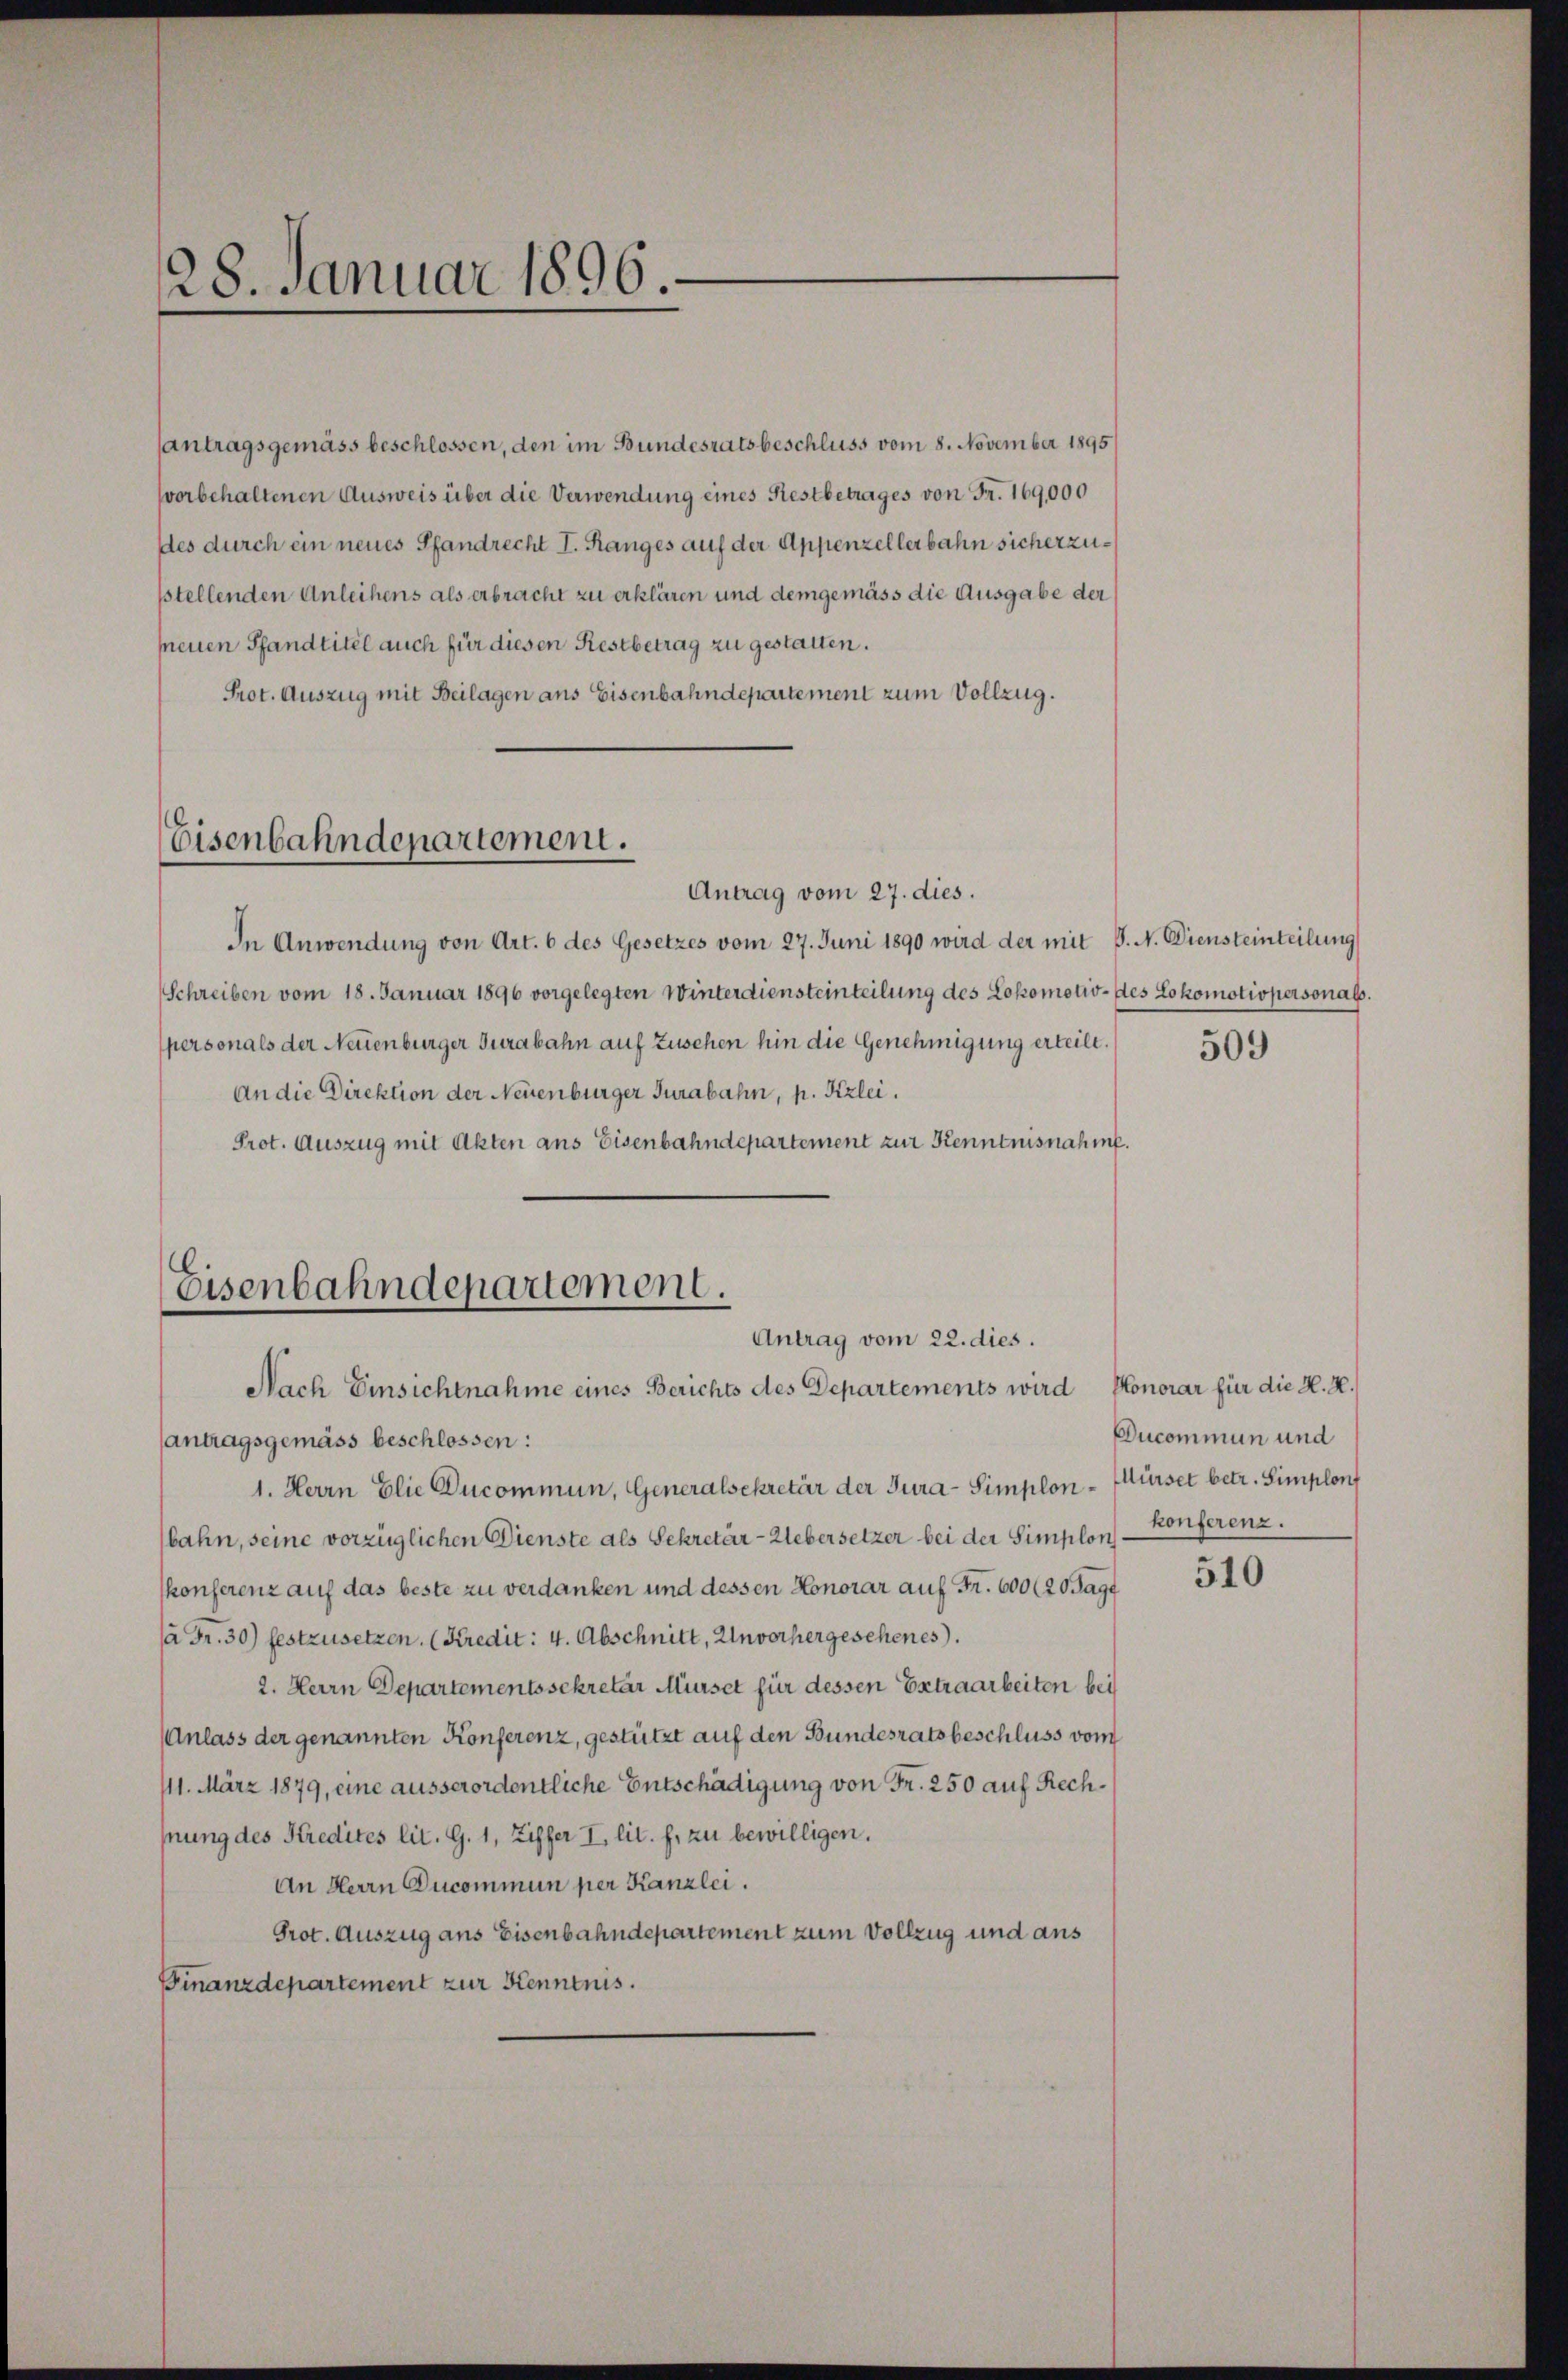
28. Januar 1896.

antragsgemäss beschlossen, den im Bundesratsbeschluss vom 8. November 1895
vorbehaltenen Ausweis über die Verwendung eines Restbetrages von Fr. 169,000
des durch ein neues Pfandrecht I. Ranges auf der Appenzellerbahn sicherzustellenden Anleihens als erbracht zu erklären und demgemäss die Ausgabe der
sneuen Pfandtitel auch für diesen Restbetrag zu gestatten.
Prot. Auszug mit Beilagen ans Eisenbahndepartement zum Vollzug.

Eisenbahndepartement.

Antrag vom 27. dies.
In Anwendung von Art. 6 des Gesetzes vom 27. Juni 1890 wird der mit P. N. Diensteinteilung
Schreiben vom 18. Januar 1896 vorgelegten Winterdiensteinteilung des Lokomotiv- des Lokomotivpersonals.
personals der Neuenburger Jurabahn auf Zuschen hin die Genehmigung erteilt.
An die Direktion der Neuenburger Jurabahn, p. Kizlei.
Prot. Auszug mit Akten aus Eisenbahndepartement zur Kenntnisnahm.

antragsgemäss beschlossen:
1. Herrn Elie Ducommun, Generalsekretär der Jura-Simplon - Mürser betr. Simplonf
bahn, seine vorzüglichen Dienste als Sekretär-Uebersetzer bei der Simplon konferenz.
konferenz auf das beste zu verdanken und dessen Honorar auf Fr. 600 (20 Tagf
à Fr. 30) festzusetzen. (Kredit: 4. Abschnitt, Unvorhergesehenes.
2. Herrn Departementssekretär Mürset für dessen Extraarbeiten bei
Anlass der genannten Konferenz, gestützt auf den Bundesratsbeschluss vom
111. März 1879, eine ausserordentliche Entschädigung von Fr. 250 auf Rechpung des Kredites lit. G. 1, Ziffer I. lit. f. zu bewilligen.
An Herrn Ducommun per Kanzlei.
Prot. Auszug aus Eisenbahndepartement zum Vollzug und aus
Finanzdepartement zur Kenntnis.

Eisenbahndepartement.
Antrag vom 22. dies.
Nach Einsichtnahme eines Berichts des Departements wird Honorar für die H. H.

509

Ducommun und

510